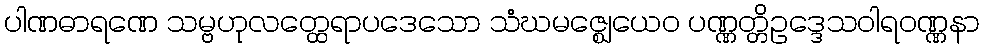
ပါဏဓာရဏေ သမ္ဗဟုလတ္ထေရာပဒေသော သံဃမဇ္ဈေယေဝ ပဏ္ဏတ္တိဥဒ္ဒေသဝါရဝဏ္ဏနာ